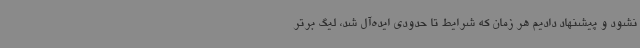
نشود و پیشنهاد دادیم هر زمان که شرایط تا حدودی ایده‌آل شد، لیگ برتر